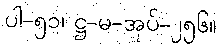
ပါ-၅၁၊ ဋ္ဌ-မ-အုပ်-၂၅၆။